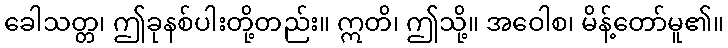
ခေါသတ္တ၊ ဤခုနစ်ပါးတို့တည်း။ ဣတိ၊ ဤသို့။ အဝေါစ၊ မိန့်တော်မူ၏။